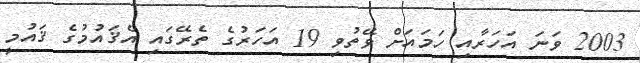
2003 ވަނަ އަހަރާއި ހަމައަށް ވޭތުވި 19 އަހަރުގެ ތެރޭގައި އެޤައުމުގެ ޤައުމީ